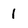
Character: 1